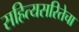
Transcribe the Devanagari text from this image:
सहित्यसरितेचा